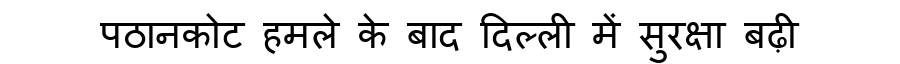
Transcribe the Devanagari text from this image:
पठानकोट हमले के बाद दिल्ली में सुरक्षा बढ़ी